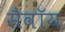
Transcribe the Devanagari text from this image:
सैवॉय